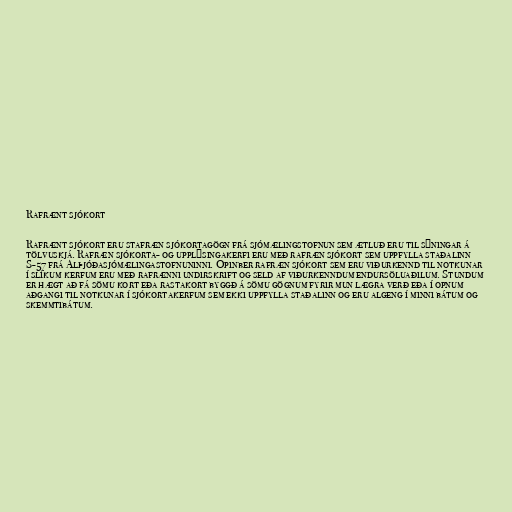
Rafrænt sjókort

Rafrænt sjókort eru stafræn sjókortagögn frá sjómælingstofnun sem ætluð eru til sýningar á
tölvuskjá. Rafræn sjókorta- og upplýsingakerfi eru með rafræn sjókort sem uppfylla staðalinn
S-57 frá Alþjóðasjómælingastofnuninni. Opinber rafræn sjókort sem eru viðurkennd til notkunar
í slíkum kerfum eru með rafrænni undirskrift og seld af viðurkenndum endursöluaðilum. Stundum
er hægt að fá sömu kort eða rastakort byggð á sömu gögnum fyrir mun lægra verð eða í opnum
aðgangi til notkunar í sjókortakerfum sem ekki uppfylla staðalinn og eru algeng í minni bátum og
skemmtibátum.